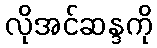
လိုအင်ဆန္ဒကို